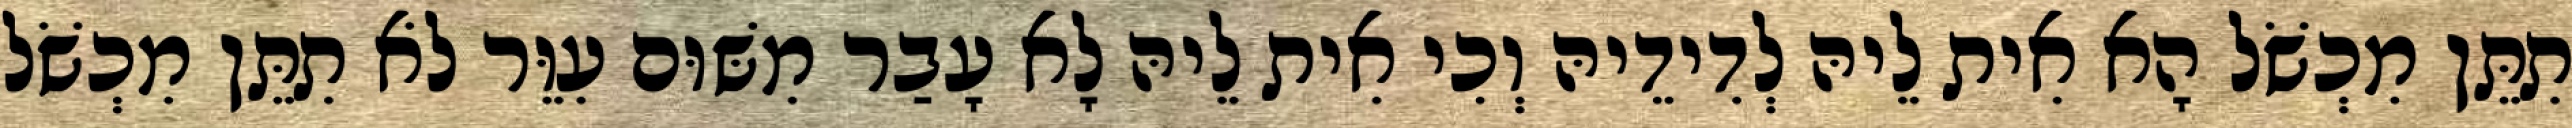
תִתֵּן מִכְשֹׁל הָא אִית לֵיהּ לְדִידֵיהּ וְכִי אִית לֵיהּ לָא עָבַר מִשּׁוּם עִוֵּר לֹא תִתֵּן מִכְשֹׁל